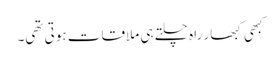
کبھی کبھار راہ چلتے ہی ملاقات ہوتی تھی۔